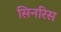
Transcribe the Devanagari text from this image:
सिनरिस